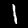
Digit: 1